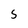
Character: 5